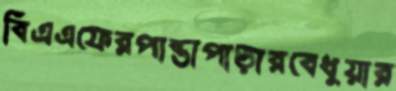
বিএএফেরপান্তাপাড়ারবেধুয়ার